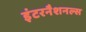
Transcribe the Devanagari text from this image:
इंटरनैशनल्स